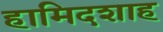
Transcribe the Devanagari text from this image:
हामिदशाह